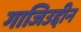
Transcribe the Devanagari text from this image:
गाजिउद्दीन